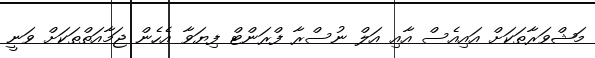
މަޝްވަރާތަކަށް އައިއެސް އާއި އަލް ނުސްރާ ފްރަންޓް ފިޔަވާ އެހެން ޖަމާއަތްތަކަށް ވަނީ